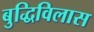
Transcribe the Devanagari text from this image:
बुद्धिविलास